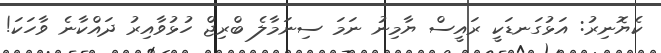
ކެޔޮނިރު: އަޅުގަނޑަކީ ރައީސް ޔާމިނު ނަމަ ސިނަމާލެ ބްރިޖް ހުޅުވާއިރު ދައްކާނެ ވާހަކަ!